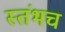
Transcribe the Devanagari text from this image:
स्तंभच